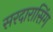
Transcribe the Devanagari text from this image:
सरदारासिंग